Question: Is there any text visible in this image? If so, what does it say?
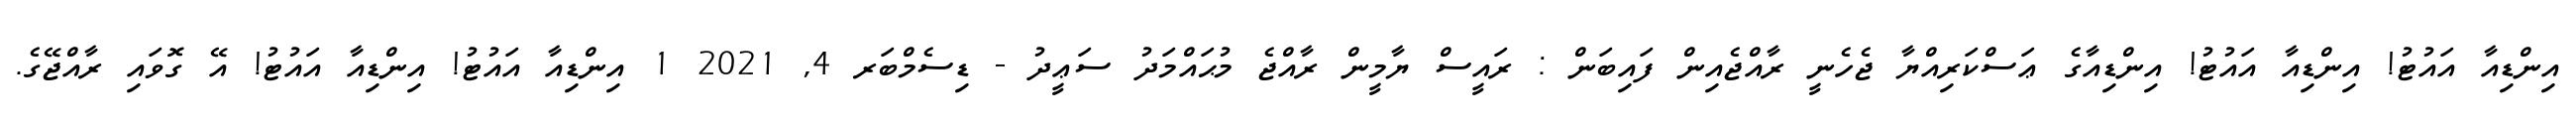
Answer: އިންޑިއާ އައުޓު! އިންޑިއާ އައުޓު! އިންޑިއާގެ ޢަސްކަރިއްޔާ ޖެހެނީ ރާއްޖެއިން ފައިބަން : ރައީސް ޔާމީން ރާއްޖެ މުޙައްމަދު ސަޢީދު - ޑިސެމްބަރ 4, 2021 1 އިންޑިއާ އައުޓު! އިންޑިއާ އައުޓު! އޭ ގޮވައި ރާއްޖޭގެ.